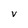
Character: V